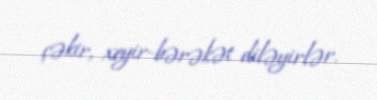
çəkir, xeyir-bərəkət diləyirlər.